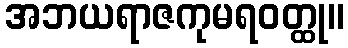
အဘယရာဇကုမရဝတ္ထု။